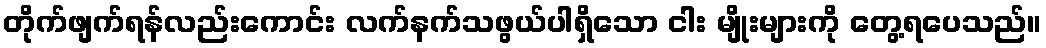
တိုက်ဖျက်ရန်လည်းကောင်း လက်နက်သဖွယ်ပါရှိသော ငါး မျိုးများကို တွေ့ရပေသည်။